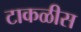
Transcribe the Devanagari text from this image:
टाकळीस